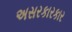
અસરકારકાર